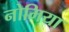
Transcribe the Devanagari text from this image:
नोमिया